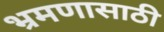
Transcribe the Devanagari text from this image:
भ्रमणासाठी